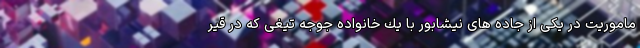
ماموريت در يكى از جاده هاى نيشابور با يك خانواده جوجه تيغى كه در قير